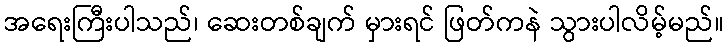
အရေးကြီးပါသည်၊ ဆေးတစ်ချက် မှားရင် ဖြတ်ကနဲ သွားပါလိမ့်မည်။